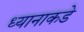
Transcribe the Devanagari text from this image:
ध्यानाकडे